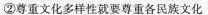
②尊重文化多样性就要尊重各民族文化